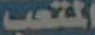
المتعب